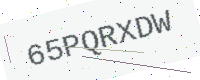
Text: 65PQRXDW